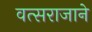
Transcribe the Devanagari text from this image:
वत्सराजाने